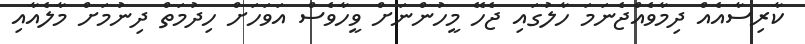
ކާރިސާއެއް ދިމާވެއްޖެނަމަ ހާލުގައި ޖެހޭ މީހުންނަށް ވީހާވެސް އަވަހަށް ހިދުމަތް ދިނުމަށް މާލެއާއި